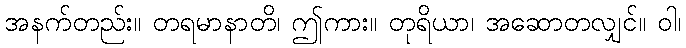
အနက်တည်း။ တရမာနာတိ၊ ဤကား။ တုရိယာ၊ အဆောတလျှင်။ ဝါ၊